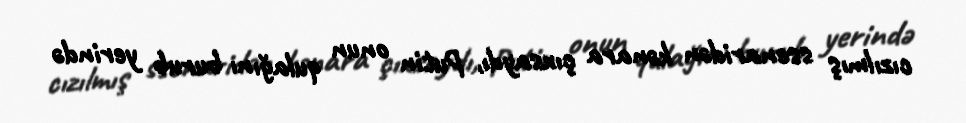
cızılmış ssenaridən kənara çıxsaydı, Putin onun qulağını burub yerində